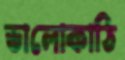
ভালোকাঠি